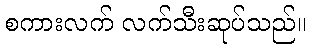
စကားလက် လက်သီးဆုပ်သည်။